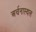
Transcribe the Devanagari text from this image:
अर्चनास्थल